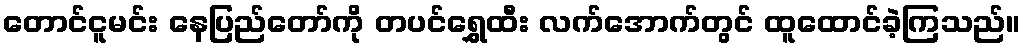
တောင်ငူမင်း နေပြည်တော်ကို တပင်ရွှေထီး လက်အောက်တွင် ထူထောင်ခဲ့ကြသည်။